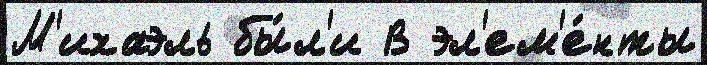
М'ихаэль бы́л'и В эл'ем'е́нты